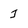
Character: j